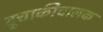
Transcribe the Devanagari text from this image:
दुचाकीचालक